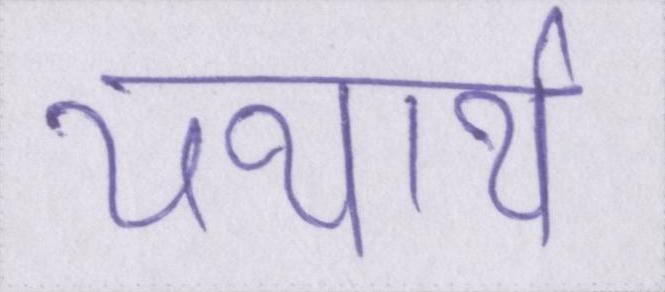
यथार्थ